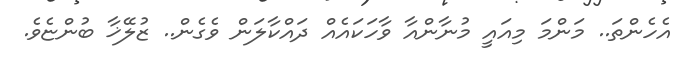
އެހެންތަ.. މަންމަ މިއައީ މުނާންއާ ވާހަކައެއް ދައްކާލަން ވެގެން.. ޒުލޭޚާ ބުންޏެވެ.